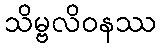
သိမ္ဗလိဝနဿ